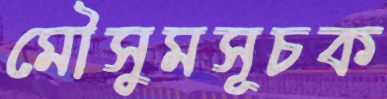
মৌসুমসূচক